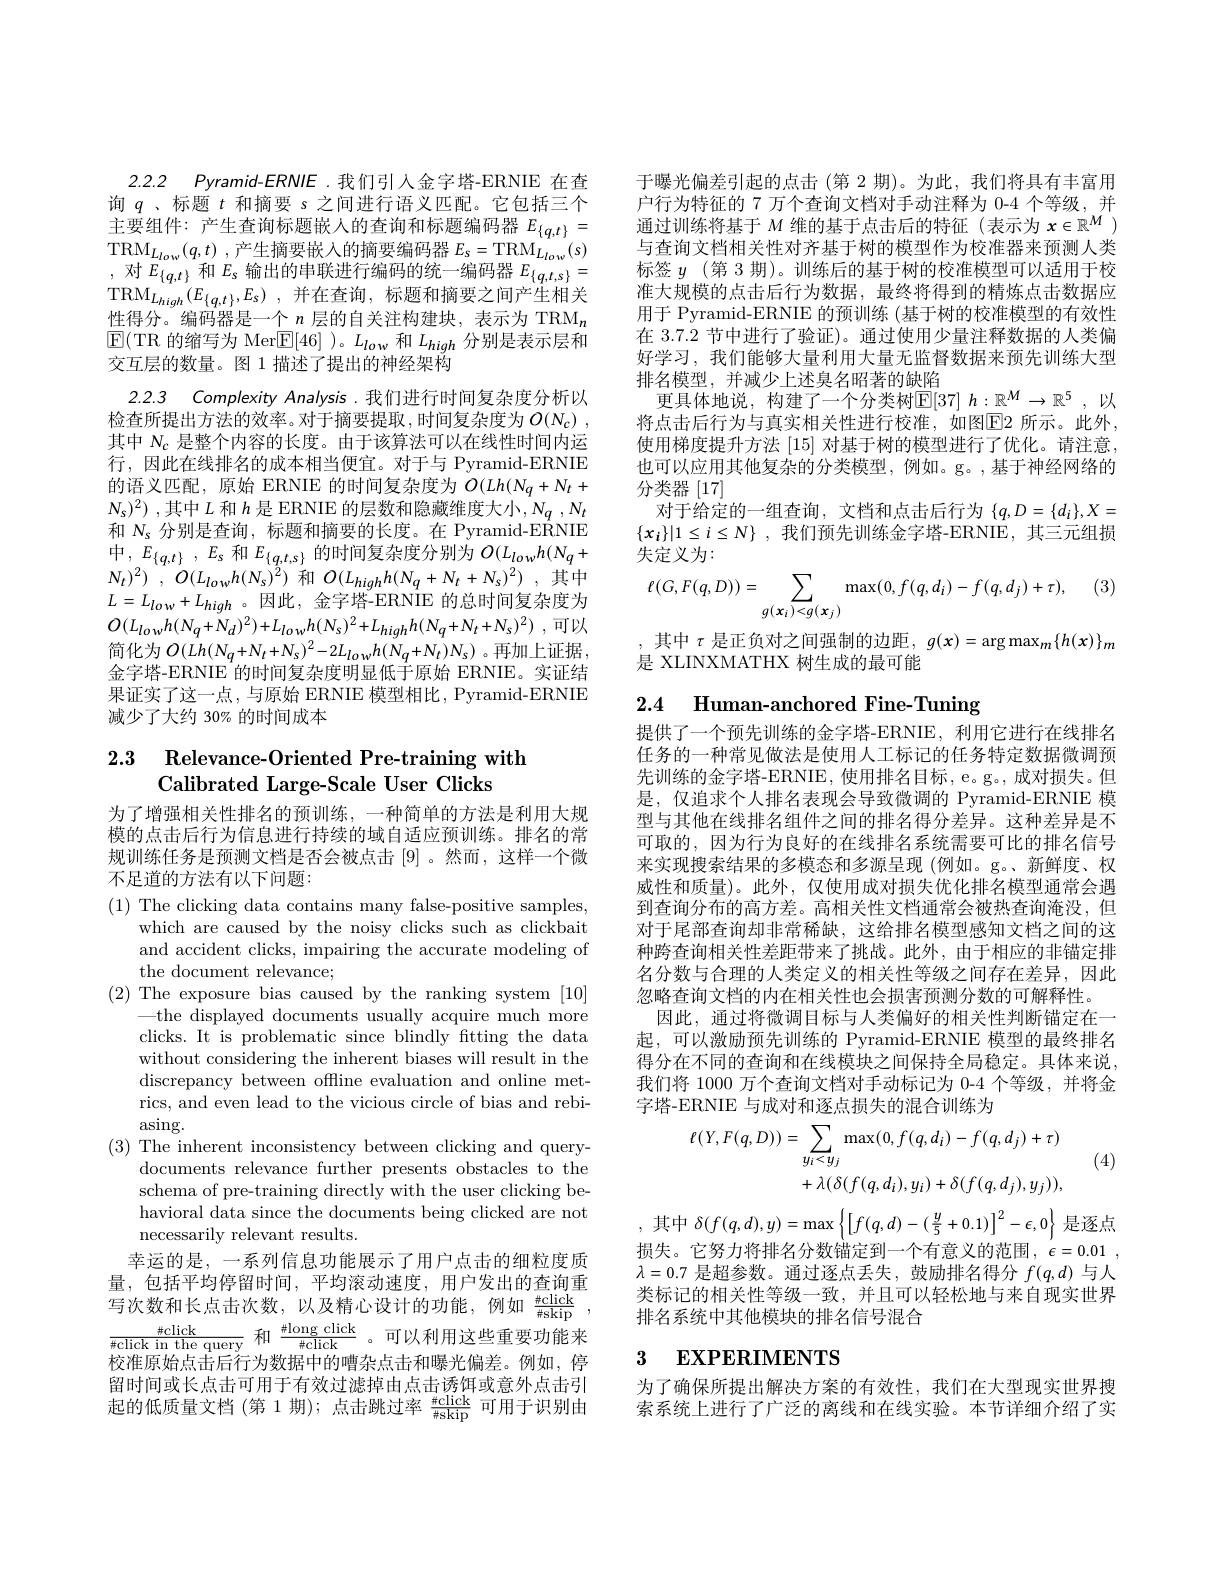
2.2.2 $Pyramid- ERNIE$ .我们引入金字塔-ERNIE 在查询$q$ 、标题$t$和摘要 s 之间进行语义匹配。它包括三个主要组件：产生查询标题嵌人的查询和标题编码器$E_{\{q,t\}}=$ $\mathrm{TRM}_{L_{low}}( q, t)$ , 产生摘要嵌人的摘要编码器 $E_s=\mathrm{TRM}_{L_{low}}(s)$ ,对$E_{\{q,t\}}$和$E_\mathrm{s}$输出的串联进行编码的统一编码器$E_\{q,t,s\}=$ $\mathrm{TRM}_{L_{high}}( E_{\{ q, t\} }, E_{s})$ ,并在查询，标题和摘要之间产生相关性得分。编码器是一个$n$层的自关注构建块，表示为 TRM$_n$ $\operatorname{E}(\operatorname{TR}$的缩写为 Mer$\boxed[46]$ )。$L_low$和$L_high$分别是表示层和交互层的数量。图 1 描述了提出的神经架构
2.2.3 Complexity Analysis.我们进行时间复杂度分析以检查所提出方法的效率。对于摘要提取，时间复杂度为$O( N_c)$ , 其中$N_c$是整个内容的长度。由于该算法可以在线性时间内运行，因此在线排名的成本相当便宜。对于与 Pyramid-ERNIE 的语义匹配，原始 ERNIE 的时间复杂度为$O(Lh(N_{q}+N_{t}+$ $N_s)^2)$ ,其中$L$和$h$是 ERNIE 的层数和隐藏维度大小$,N_q,N_t$ 和$N_\mathrm{s}$分别是查询，标题和摘要的长度。在 Pyramid-ERNIE $中 $, $E_{\{ q, t\} }$ , $E_{s}$ 和 $E_{\{ q, t, s\} }$ 的时间复杂度分别为$O(L_lowh(N_{q}+$ $N_{t}) ^{2})$ , $O( L_{low}h( N_{s}) ^{\hat{2} })$ 和$O( L_{high}h( N_{q}+ N_{t}+ N_{s}) ^{2})$ ,其中$L=L_{low}+L_{high}$。因此，金字塔-ERNIE 的总时间复杂度为$O( L_{low}h( N_{q}+ N_{d}) ^{2}) + L_{low}h( N_{s}) ^{2}+ L_{high}h( N_{q}+ N_{t}+ N_{s}) ^{2})$ ,可以简化为$O(Lh(N_{q}+N_{t}+N_{s})^{2}-2L_{low}h(N_{q}+N_{t})N_{s})$ 。再加上证据， 金字塔-ERNIE 的时间复杂度明显低于原始 ERNIE。实证结果证实了这一点，与原始 ERNIE 模型相比，Pyramid-ERNIE 减少了大约 30% 的时间成本

# 2.3 Relevance-Oriented Pre-training with Calibrated Large-Scale User Clicks

为了增强相关性排名的预训练，一种简单的方法是利用大规模的点击后行为信息进行持续的域自适应预训练。排名的常规训练任务是预测文档是否会被点击[9] 。然而，这样一个微不足道的方法有以下问题：

(1) The clicking data contains many false-positive samples,
which are caused by the noisy clicks such as clickbait and accident clicks, impairing the accurate modeling of the document relevance;
(2) The exposure bias caused by the ranking system [10]
$—$the displayed documents usually acquire much more clicks. It is problematic since blindly ftting the data without considering the inherent biases will result in the discrepancy between offline evaluation and online metrics, and even lead to the vicious circle of bias and rebi- $\arcsin$g.
(3) The inherent inconsistency between clicking and query-
documents relevance further presents obstacles to the schema of pre-training directly with the user clicking behavioral data since the documents being clicked are not necessarily relevant results.
幸运的是，一系列信息功能展示了用户点击的细粒度质量，包括平均停留时间，平均滚动速度，用户发出的查询重里 , 包 括 |为 仔 田 时 间 , |为 依 动 处 及 , 川 ) 及 山 町 旦 阿 里 写 次 数 和 长 点 击 次 数 , 以 及 精 心 设 计 的 功 能 , 例 如 $\frac {\# \mathrm{click}}{\# \mathrm{skip}}$ ${\frac{\#\mathrm{click}}{\#\mathrm{click~in~the~query~}}}$和$\frac{\#\mathrm{long~click}}{\#\mathrm{click}}$ 。可以利用这些重要功能来校准原始点击后行为数据中的嘈杂点击和曝光偏差。例如，停留时间或长点击可用于有效过滤掉由点击诱饵或意外点击引起的低质量文档 (第 1 期); 点击跳过率$\frac{\#\mathrm{click}}{\#\mathrm{skip}}$可用于识别由

于曝光偏差引起的点击 (第 2 期)。为此，我们将具有丰富用户行为特征的 7 万个查询文档对手动注释为 0-4 个等级，并通过训练将基于$M$维的基于点击后的特征(表示为$x\in\mathbb{R}^M)$ 与查询文档相关性对齐基于树的模型作为校准器来预测人类标签$y$ (第 3 期)。训练后的基于树的校准模型可以适用于校准大规模的点击后行为数据，最终将得到的精炼点击数据应用于 Pyramid-ERNIE 的预训练 (基于树的校准模型的有效性在 3.7.2 节中进行了验证)。通过使用少量注释数据的人类偏好学习，我们能够大量利用大量无监督数据来预先训练大型排名模型，并减少上述臭名昭著的缺陷
更具体地说，构建了一个分类树$\mathbb{E}[37]h:\mathbb{R}^M\to\mathbb{R}^5$,以将点击后行为与真实相关性进行校准，如图$\overline{\mathrm{E}}$2 所示。此外， 使用梯度提升方法[15]对基于树的模型进行了优化。请注意， 也可以应用其他复杂的分类模型，例如。g。,基于神经网络的分类器[17]
对于给定的一组查询，文档和点击后行为$\{q,D=\{d_i\},X=$ $\{ x_i\} | 1\leq i\leq N\}$ ,我们预先训练金字塔-ERNIE,其三元组损失定义为：
$$\ell(G,F(q,D))=\sum_{g(x_i)<g(x_j)}\max(0,f(q,d_i)-f(q,d_j)+\tau),$$
其中$\tau$是正负对之间强制的边距$,g(x)=\arg\max_m\{h(x)\}_m$
是 XLINXMATHX 树生成的最可能

2.4 Human-anchored Fine-Tuning

提供了一个预先训练的金字塔-ERNIE, 利用它进行在线排名任务的一种常见做法是使用人工标记的任务特定数据微调预先训练的金字塔-ERNIE, 使用排名目标，e。g。, 成对损失。但是，仅追求个人排名表现会导致微调的 Pyramid-ERNIE 模型与其他在线排名组件之间的排名得分差异。这种差异是不可取的，因为行为良好的在线排名系统需要可比的排名信号来实现搜索结果的多模态和多源呈现 (例如。g。、新鲜度、权威性和质量)。此外，仅使用成对损失优化排名模型通常会遇到查询分布的高方差。高相关性文档通常会被热查询淹没，但对于尾部查询却非常稀缺，这给排名模型感知文档之间的这种跨查询相关性差距带来了挑战。此外，由于相应的非锚定排名分数与合理的人类定义的相关性等级之间存在差异，因此忽略查询文档的内在相关性也会损害预测分数的可解释性。
因此，通过将微调目标与人类偏好的相关性判断锚定在一起，可以激励预先训练的 Pyramid-ERNIE 模型的最终排名得分在不同的查询和在线模块之间保持全局稳定。具体来说， 我们将 1000 万个查询文档对手动标记为 0-4 个等级，并将金字塔-ERNIE 与成对和逐点损失的混合训练为
$$\begin{aligned}\ell(Y,F(q,D))&=\sum_{y_{i}<y_{j}}\max(0,f(q,d_{i})-f(q,d_{j})+\tau)\\&+\lambda(\delta(f(q,d_{i}),y_{i})+\delta(f(q,d_{j}),y_{j})),\end{aligned}$$
(4)
$$\delta(f(q,d),y)=\max\left\{\left[f(q,d)-(\frac{y}{5}+0.1)\right]^{2}-\epsilon,0\right\}$$
损失。它努力将排名分数锚定到一个有意义的范围，$\epsilon = 0. 01$ , $\lambda=0.7$是超参数。通过逐点丢失，鼓励排名得分$f(q,d)$与人类标记的相关性等级一致，并且可以轻松地与来自现实世界排名系统中其他模块的排名信号混合

# 3 EXPERIMENTS

为了确保所提出解决方案的有效性，我们在大型现实世界搜索系统上进行了广泛的离线和在线实验。本节详细介绍了实